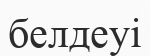
белдеуі